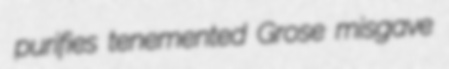
purifies tenemented Grose misgave